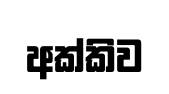
අක්කිව